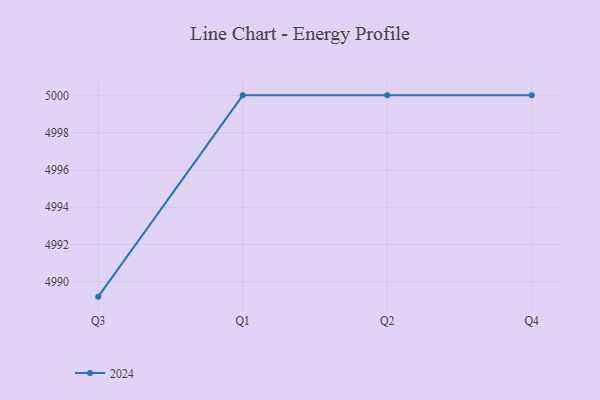
{"axis": {"x": "Quarter", "y": "Tickets Resolved"}, "legend": ["2024"], "data": [{"x": "Q3", "y": 4989.2, "type": "2024"}, {"x": "Q1", "y": 5000, "type": "2024"}, {"x": "Q2", "y": 5000, "type": "2024"}, {"x": "Q4", "y": 5000, "type": "2024"}]}